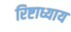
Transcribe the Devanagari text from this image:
रिष्टाध्याय